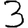
Digit: 3